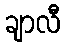
ချာလီ